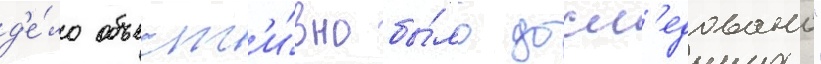
д'е́ло объект'и́вно бы́ло досл'едовано"